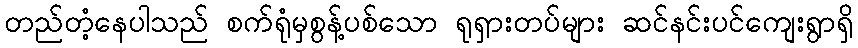
တည်တံ့နေပါသည် စက်ရုံမှစွန့်ပစ်သော ရုရှားတပ်များ ဆင်နင်းပင်ကျေးရွာရှိ